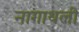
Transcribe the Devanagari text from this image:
नागाथली